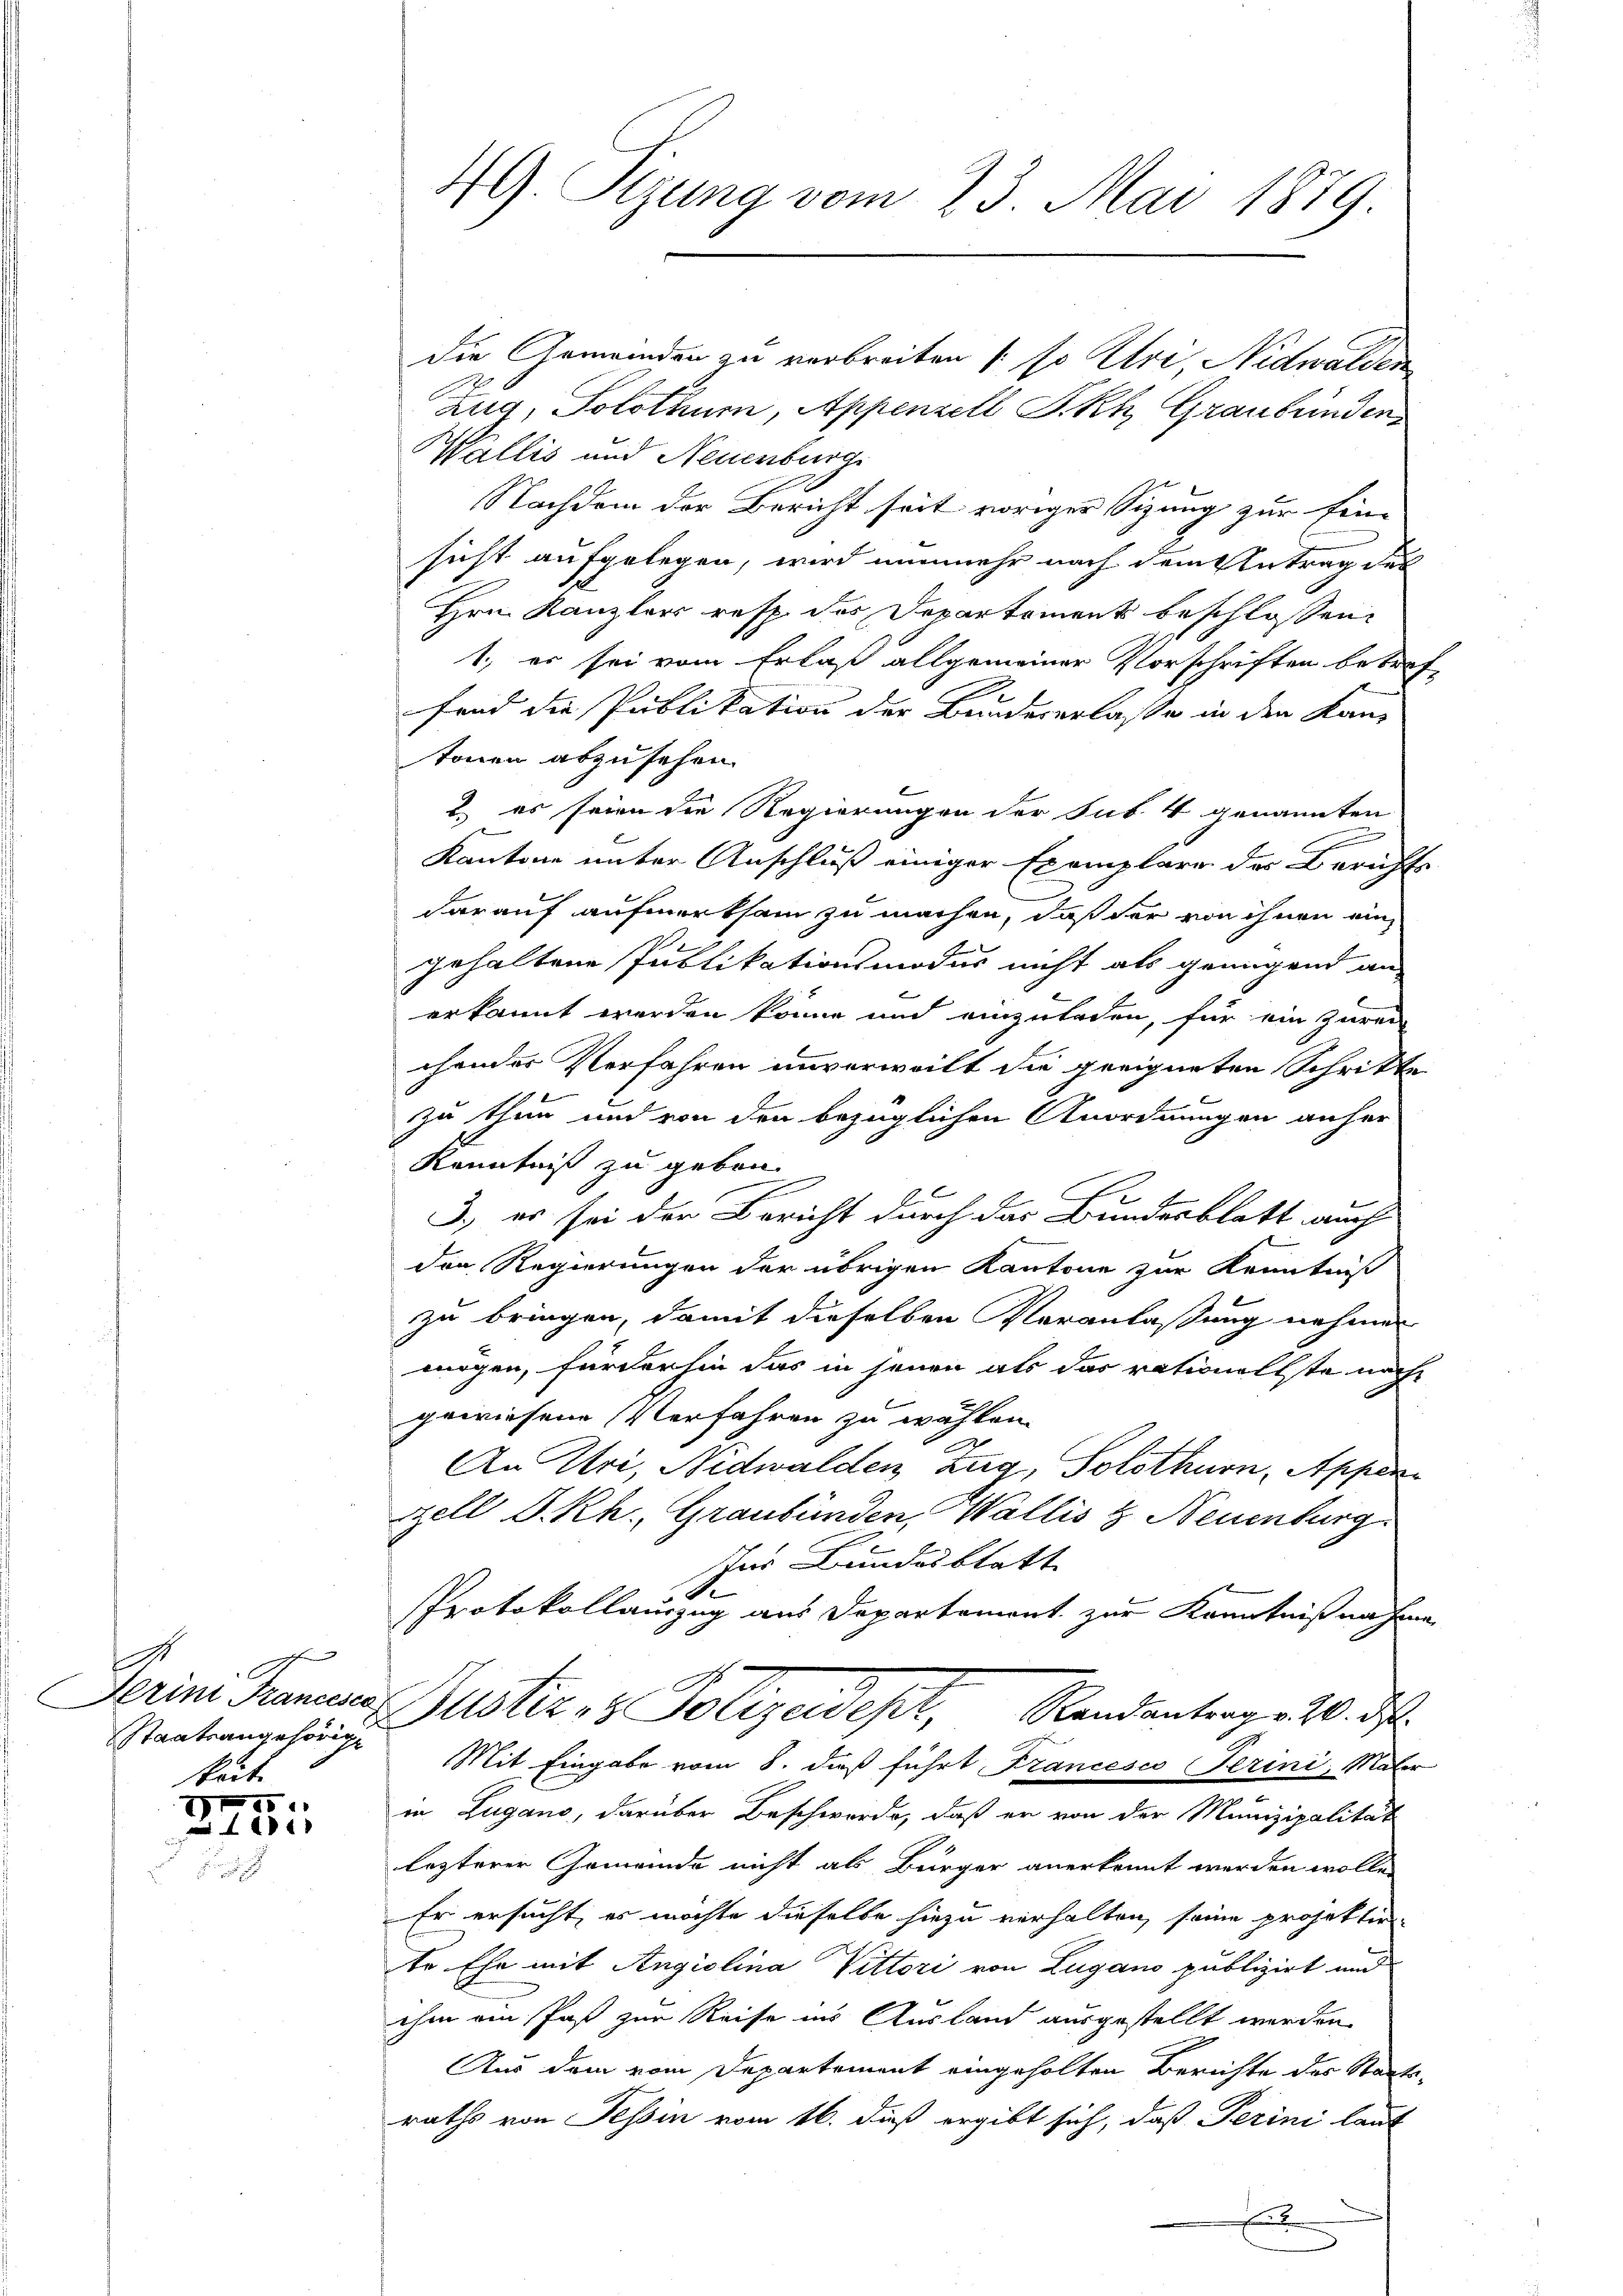
.
C
Staatsangehörige
keit.

D
1111

49. Sizung vom 23. Mai 1879.

die Gemeinden zu verbreiten (so Uri, Nidwalden
Zug, Solothur, Appenzell I.Rh., Graubünden
Wallis und Neuenburg.
Nachdem der Bericht seit voriger Sizung zur Ein-
sicht aufgelegen, wird nunmehr nach dem Antrag des
Hrn. Kanzler resp. des Departement beschlossen
1., er sei vom Erlaß allgemeiner Vorschriften betref-
fend die Publikation der Bundeserlasse in den Kantonen abzusehen.
) es seien die Regierungen der Sub. 4 genannten
n
Kantone unter Anschluß einiger Exemplare des Berichts
darauf aufmerksam zu machen, daß der von ihnen ein
gehaltene Publikationsmodus nicht als genügend an
erkannt werden könne und einzuladen, für ein Zurec
chendes Verfahren unverweilt die geeigneten Schritte
zu thun und von den bezüglichen Anordnungen anher
Kenntniß zu geben.
2
3., es sei der Bericht durch das Bundesblatt auch
den Regierungen der übrigen Kantone zur Kenntniß
zu bringen, damit dieselben Veranlaßung nehmen
mögen, fürderhin das in jenen als das rationellste nach
gewiesene Verfahren zu wählen.
An Uri, Nidwalden Zug, Solothurn, Appen¬
Zell I.Rh., Graubünden, Wallis & Neuenburg
Ins Bundesblatt
Protokollauszug aus Departement zur Kenntnißnahme
derini Pranen Zustiz- & Polizeidept, Randantrage 10. ds.
Mit Eingabe vom 8. daß führt Francesco Perini, Maler
in Zugano, darüber Beschwerde, daß er von der Munizipalität
lezterer Gemeinde nicht als Bürger anerkennt werden wollen
Er ersucht, es möchte dieselbe hiezu verhalten, seine projektirte Ehe mit Angiolina Vittori von Lugano publizirt und
ihm ein Paß zur Reise ins Ausland ausgestellt werden.
Aus dem vom Departement eingeholten Berichte des Staatsraths von Tessin vom 16. dieß ergibt sich, daß Perini laut
x